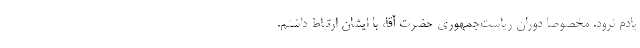
یادم نرود. مخصوصا دوران ریاست‌جمهوری حضرت آقا، با ایشان ارتباط داشتم.